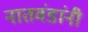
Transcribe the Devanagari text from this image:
नातवंडांनी